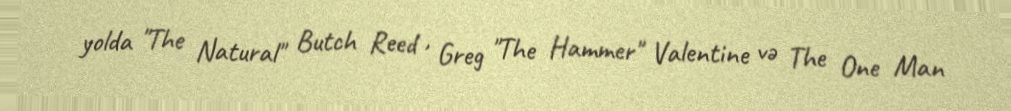
yolda "The Natural" Butch Reed , Greg "The Hammer" Valentine və The One Man